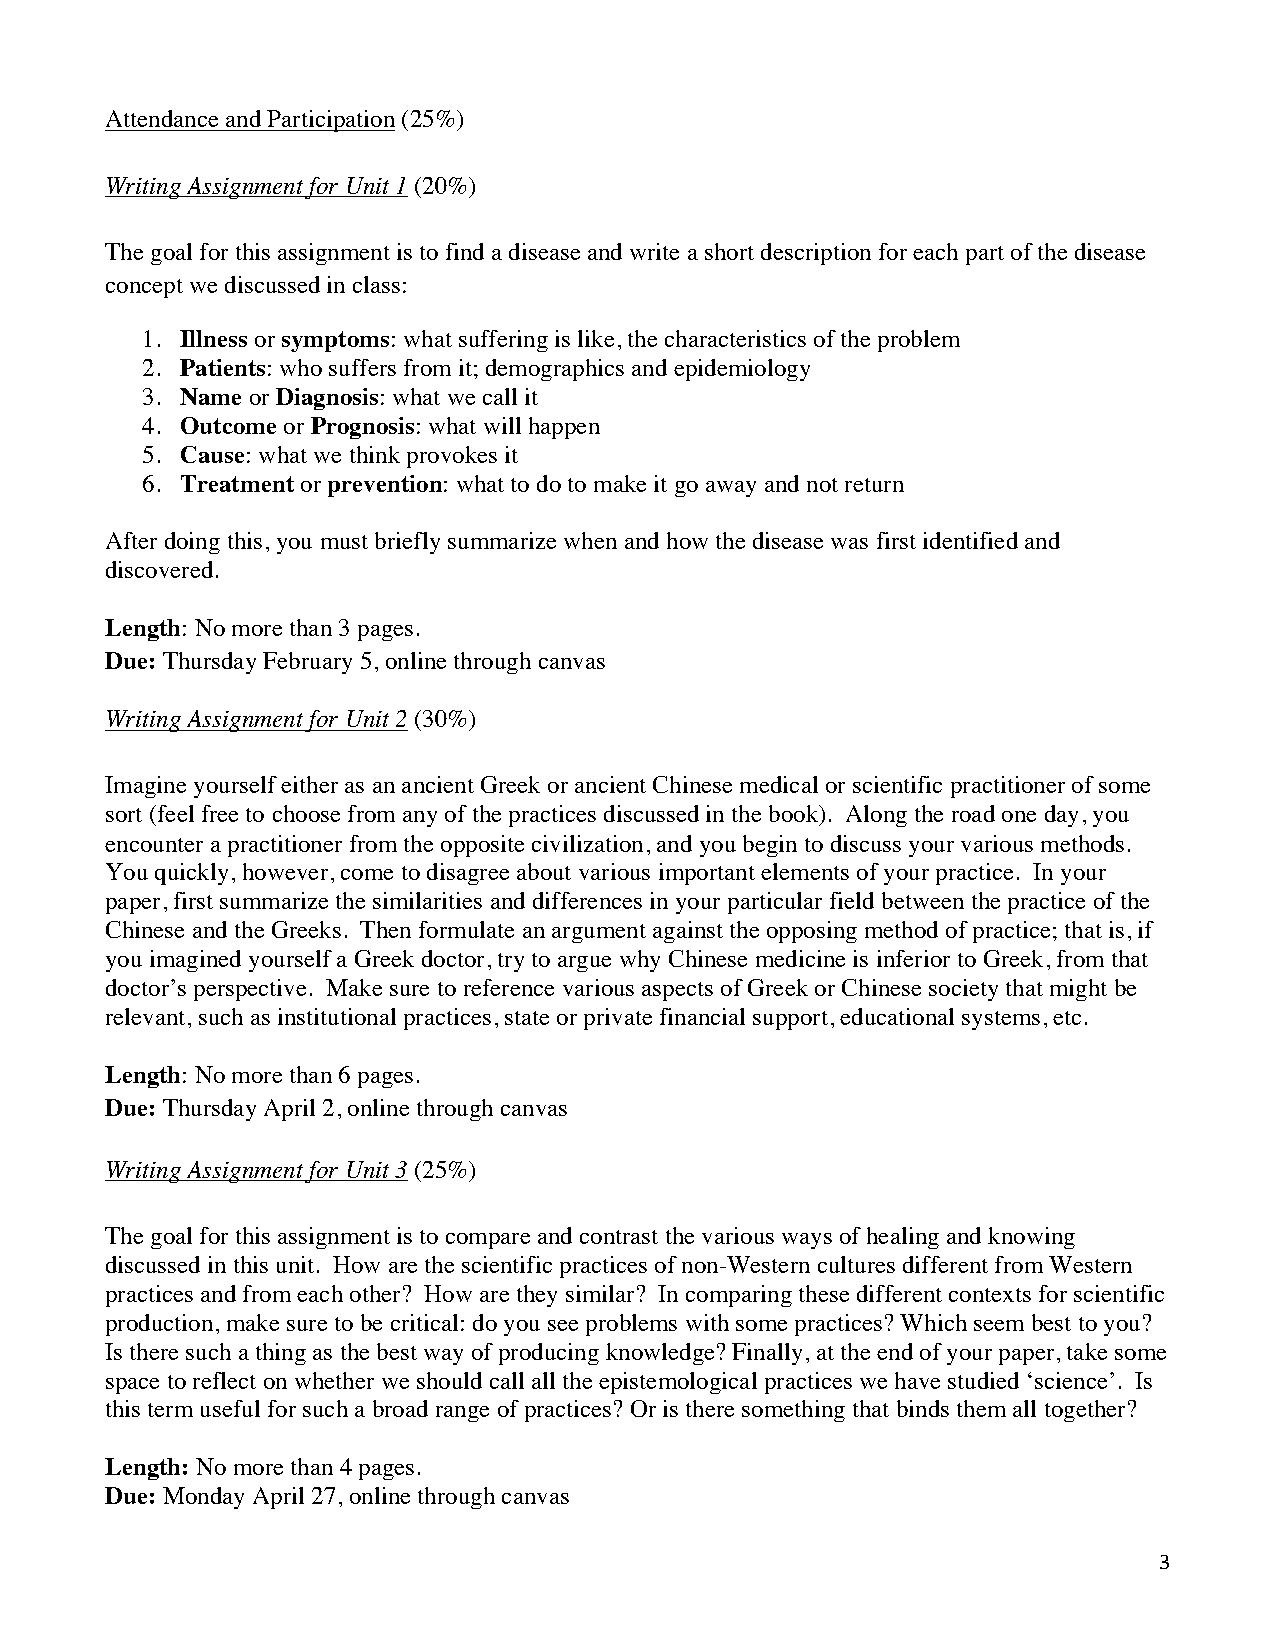
Attendance and Participation (25%)
 Writing Assignment for Unit 1 (20%)
 The goal for this assignment is to find a disease and write a short description for each part of the disease
 concept we discussed in class:
 1. Illness or symptoms: what suffering is like, the characteristics of the problem
 2. Patients: who suffers from it; demographics and epidemiology
 3. Name or Diagnosis: what we call it
 4. Outcome or Prognosis: what will happen
 5. Cause: what we think provokes it
 6. Treatment or prevention: what to do to make it go away and not return
 After doing this, you must briefly summarize when and how the disease was first identified and
 discovered.
 Length: No more than 3 pages.
 Due: Thursday February 5, online through canvas
 Writing Assignment for Unit 2 (30%)
 Imagine yourself either as an ancient Greek or ancient Chinese medical or scientific practitioner of some
 sort (feel free to choose from any of the practices discussed in the book). Along the road one day, you
 encounter a practitioner from the opposite civilization, and you begin to discuss your various methods.
 You quickly, however, come to disagree about various important elements of your practice. In your
 paper, first summarize the similarities and differences in your particular field between the practice of the
 Chinese and the Greeks. Then formulate an argument against the opposing method of practice; that is, if
 you imagined yourself a Greek doctor, try to argue why Chinese medicine is inferior to Greek, from that
 doctor’s perspective. Make sure to reference various aspects of Greek or Chinese society that might be
 relevant, such as institutional practices, state or private financial support, educational systems, etc.
 Length: No more than 6 pages.
 Due: Thursday April 2, online through canvas
 Writing Assignment for Unit 3 (25%)
 The goal for this assignment is to compare and contrast the various ways of healing and knowing
 discussed in this unit. How are the scientific practices of non-Western cultures different from Western
 practices and from each other? How are they similar? In comparing these different contexts for scientific
 production, make sure to be critical: do you see problems with some practices? Which seem best to you?
 Is there such a thing as the best way of producing knowledge? Finally, at the end of your paper, take some
 space to reflect on whether we should call all the epistemological practices we have studied ‘science’. Is
 this term useful for such a broad range of practices? Or is there something that binds them all together?
 Length: No more than 4 pages.
 Due: Monday April 27, online through canvas
 3